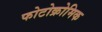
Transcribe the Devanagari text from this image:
फोटोक्रोमिक